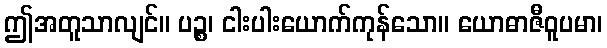
ဤအတူသာလျင်။ ပဉ္စ၊ ငါးပါးယောက်ကုန်သော။ ယောဓာဇီဝူပမာ၊